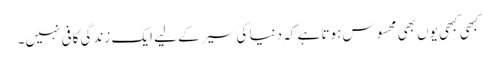
کبھی کبھی یوں بھی محسوس ہوتا ہے کہ دنیا کی سیر کے لیے ایک زندگی کافی نہیں۔